Civil Veterinary Department Bengal reports 1923-33 - 1923-1933
Year: 1923
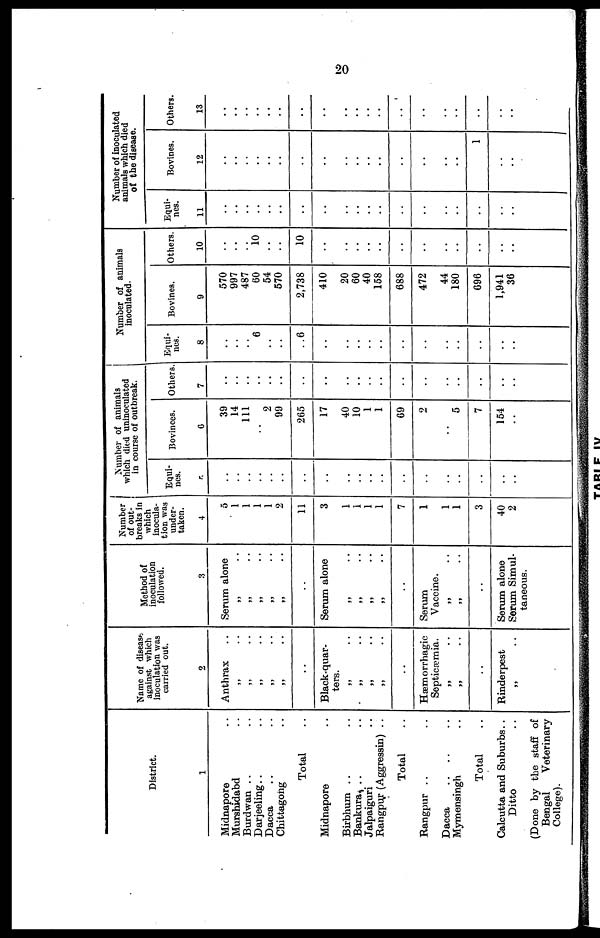
20
District.
1
Midnapore ..
Murshidabd ..
Burdwan .. ..
Darjeeling .. ..
Dacca .. ..
Chittagong ..
Total ..
Midnapore ..
Birbhum .. ..
Bankura .. ..
Jalpaiguri ..
Rangpur (Aggressin) ..
Total ..
Rangpur .. ..
Dacca .. .. ..
Mymensingh ..
Total ..
Calcutta and Suburbs ..
Ditto ..
(Done by the staff of
Bengal
Veterinary
College).
Name of disease
against which
inoculation was
carried out.
2
Anthrax ..
„ ..
..
Black-quar-
ters.
„ ..
„ ..
„ ..
„ ..
..
Hæmorrhagic
Septicæmia.
„ ..
„ ..
..
Rinderpest
„ ..
Method of
inoculation
followed.
3
Serum alone
„ ..
„ ..
„ ..
„ ..
„ ..
..
Serum alone
„ ..
„ ..
„ ..
„ ..
..
Serum
Vaccine.
„ ..
„ ..
..
Serum alone
Serum Simul-
taneous.
Number
of out-
breaks in
which
inocula-
tion was
under-
taken.
4
5
1
1
1
1
2
11
3
1
1
1
1
7
1
1
1
3
40
2
Number of animals
which died uninoeulated
in course of outbreak.
Equi-
nes.
5
..
..
..
..
..
..
..
..
..
..
..
..
..
..
..
..
..
..
..
Bovinces.
6
39
14
111
..
2
99
265
17
40
10
1
1
69
2
..
5
7
154
..
Others.
7
..
..
..
..
..
..
..
..
..
..
..
..
..
..
..
..
..
..
..
Number of animals
inoculated.
Equi-
nes.
8
..
..
..
6
..
..
.. 6
..
..
..
..
..
..
..
..
..
..
..
..
Bovines.
9
570
997
487
60
54
570
2,738
410
20
60
40
158
688
472
44
180
696
1,941
36
Others.
10
..
..
..
10
..
..
10
..
..
..
..
..
..
..
..
..
..
..
..
Number of inoculated
animals which died
of the disease.
Equi-
nes.
11
..
..
..
..
..
..
..
..
..
..
..
..
..
..
..
..
..
..
..
Bovines.
12
..
..
..
..
..
..
..
..
..
..
..
..
..
..
..
..
1
..
..
Others.
13
..
..
..
..
..
..
..
..
..
..
..
..
..
..
..
..
..
..
..